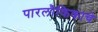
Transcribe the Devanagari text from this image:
पारलौकिकाचे